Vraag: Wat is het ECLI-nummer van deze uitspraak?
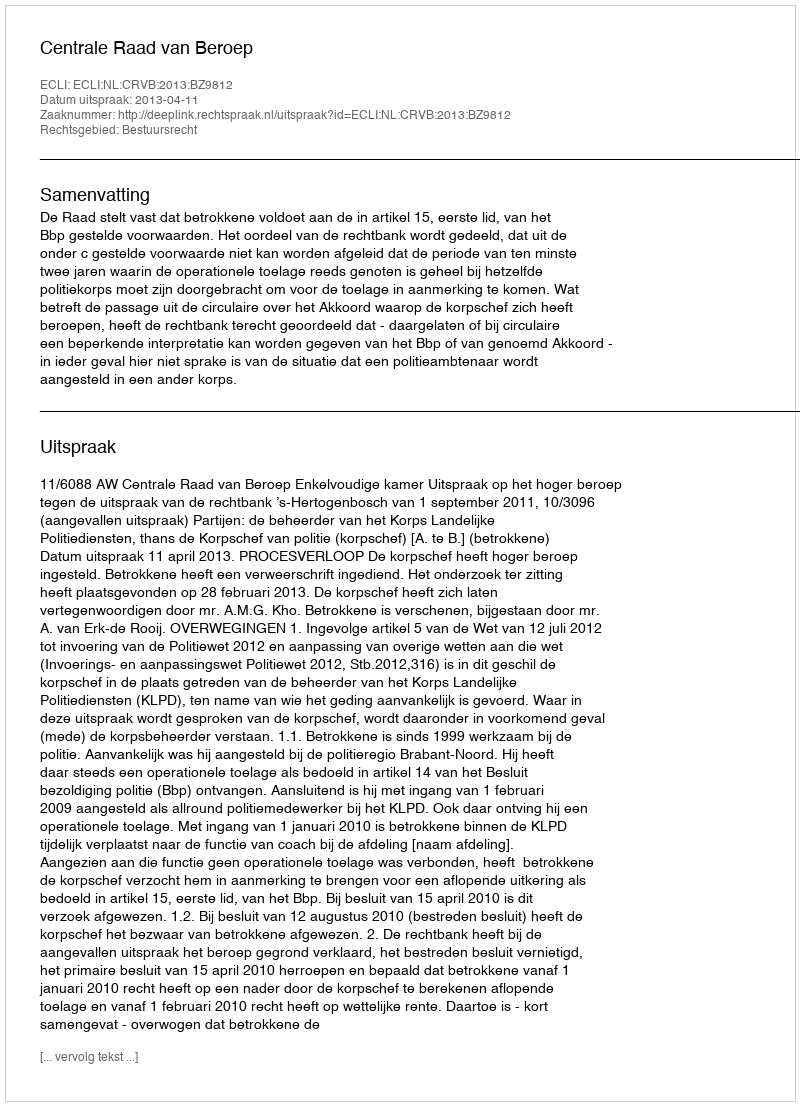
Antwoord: ECLI:NL:CRVB:2013:BZ9812